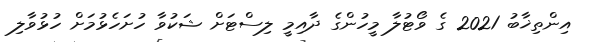
އިންތިޚާބު 2021 ގެ ވޯޓުލާ މީހުންގެ ދާއިމީ ލިސްޓަށް ޝަކުވާ ހުށަހެޅުމަށް ހުޅުވާލި